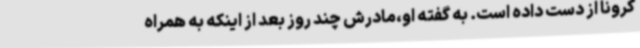
کرونا از دست داده است. به گفته او،مادرش چند روز بعد از اینکه به همراه